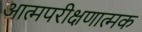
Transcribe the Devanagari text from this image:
आत्मपरीक्षणात्मक